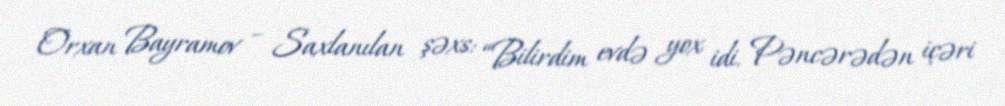
Orxan Bayramov – Saxlanılan şəxs: “Bilirdim evdə yox idi. Pəncərədən içəri